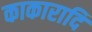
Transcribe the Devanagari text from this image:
काकारादि